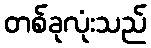
တစ်ခုလုံးသည်